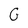
Character: G